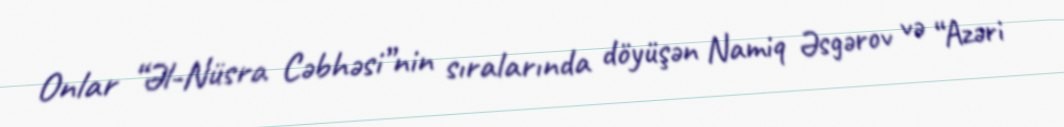
Onlar “Əl-Nüsra Cəbhəsi”nin sıralarında döyüşən Namiq Əsgərov və “Azəri